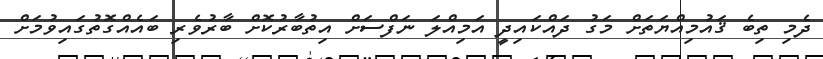
ދެމި ތިބެ ޤައުމިއްޔަތަށް މަގު ދައްކައިދީ އަމިއްލަ ނަފްސަށް އިތުބާރުކޮށް ބާރުވެރި ބައެއްގޮތުގައިވުމަށް